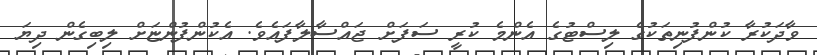
ވާދަކުރާ ކުންފުނިތަކުގެ ލިސްޓުގެ އެންމެ ކުރީ ސަފަށް ޖައްސާލާފައެވެ. އެކުންފުންޏަށް ލިބިގެން ދިޔަ